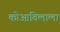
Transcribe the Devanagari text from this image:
कोआविलाला